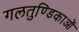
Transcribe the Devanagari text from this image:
गलतुण्डिकाओं